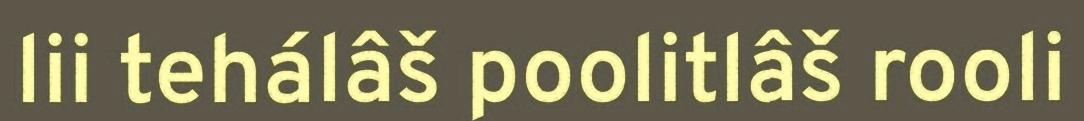
lii tehálâš poolitlâš rooli